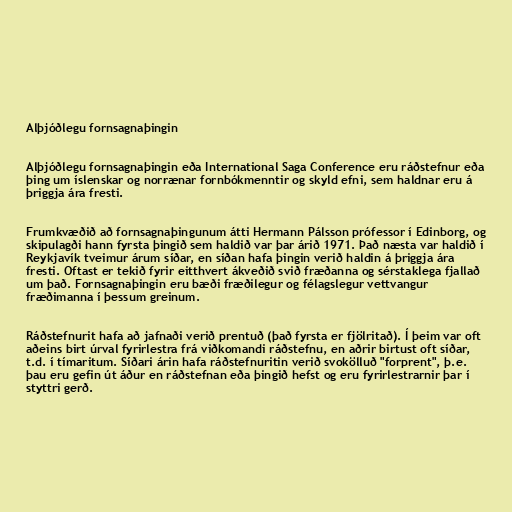
Alþjóðlegu fornsagnaþingin

Alþjóðlegu fornsagnaþingin eða International Saga Conference eru ráðstefnur eða
þing um íslenskar og norrænar fornbókmenntir og skyld efni, sem haldnar eru á
þriggja ára fresti.

Frumkvæðið að fornsagnaþingunum átti Hermann Pálsson prófessor í Edinborg, og
skipulagði hann fyrsta þingið sem haldið var þar árið 1971. Það næsta var haldið í
Reykjavík tveimur árum síðar, en síðan hafa þingin verið haldin á þriggja ára
fresti. Oftast er tekið fyrir eitthvert ákveðið svið fræðanna og sérstaklega fjallað
um það. Fornsagnaþingin eru bæði fræðilegur og félagslegur vettvangur
fræðimanna í þessum greinum.

Ráðstefnurit hafa að jafnaði verið prentuð (það fyrsta er fjölritað). Í þeim var oft
aðeins birt úrval fyrirlestra frá viðkomandi ráðstefnu, en aðrir birtust oft síðar,
t.d. í tímaritum. Síðari árin hafa ráðstefnuritin verið svokölluð "forprent", þ.e.
þau eru gefin út áður en ráðstefnan eða þingið hefst og eru fyrirlestrarnir þar í
styttri gerð.